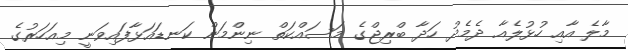
މާލެ އާއި ހުޅުލެއާ ދެމެދު ހަދާ ބްރިޖްގެ މަސައްކަތް ނިންމަން ކަނޑައަޅާފައިވަނީ މިއަހަރުގެ